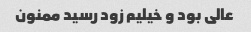
عالی بود و خیلیم زود رسید ممنون